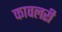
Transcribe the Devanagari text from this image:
कावलरी